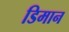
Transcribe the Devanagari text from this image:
डिमान